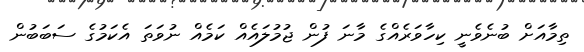
ތިމާއަށް ބުނެވެނީ ކިހާވަރެއްގެ މާނަ ފުން ޖުމުލައެއް ކަމެއް ނުވަތަ އެކަމުގެ ސަބަބުން